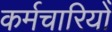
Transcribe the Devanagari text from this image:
कर्मचारियोँ